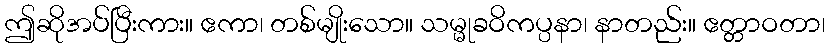
ဤဆိုအပ်ပြီးကား။ ဧကာ၊ တစ်မျိုးသော။ သမ္မုခဝိကပ္ပနာ၊ နာတည်း။ ဧတ္တာဝတာ၊